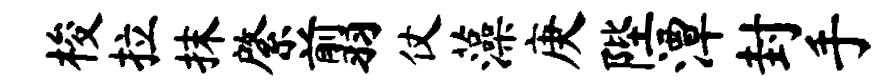
梭拉抹綮翦仗藻庚陛潭封手